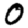
Digit: 0